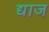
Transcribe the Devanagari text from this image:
द्याज